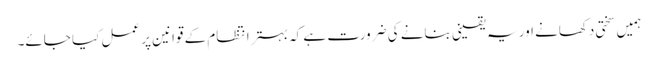
ہمیں سختی دکھانے اور یہ یقینی بنانے کی ضرورت ہے کہ بہتر انتظام کے قوانین پر عمل کیا جائے۔